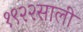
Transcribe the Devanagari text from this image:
१९२२साली